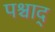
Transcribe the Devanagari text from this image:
पश्चाद्